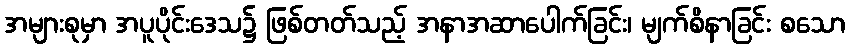
အများစုမှာ အပူပိုင်းဒေသ၌ ဖြစ်တတ်သည့် အနာအဆာပေါက်ခြင်း၊ မျက်စိနာခြင်း စသော